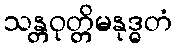
သန္တဝုတ္တိမနုဒ္ဓတံ